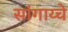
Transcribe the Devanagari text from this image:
सांगाय्चे